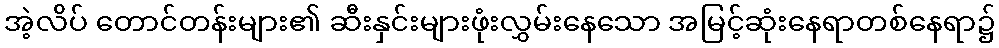
အဲ့လိပ် တောင်တန်းများ၏ ဆီးနှင်းများဖုံးလွှမ်းနေသော အမြင့်ဆုံးနေရာတစ်နေရာ၌